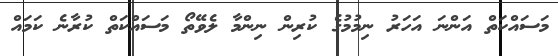
މަސައްކަތް އަންނަ އަހަރު ނިމުމުގެ ކުރިން ނިންމާ ލެވޭތޯ މަސައްކަތް ކުރާނެ ކަމައް